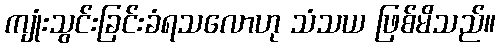
ကျုံးသွင်းခြင်းခံရသလောဟု သံသယ ဖြစ်မိသည်။